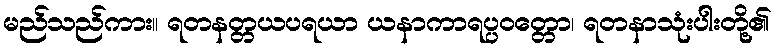
မည်သည်ကား။ ရတနတ္တယပရယာ ယနာကာရပ္ပဝတ္တော၊ ရတနာသုံးပါးတို့၏